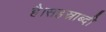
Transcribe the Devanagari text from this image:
है।सहस्राब्दी